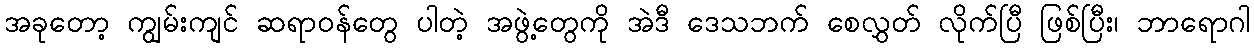
အခုတော့ ကျွမ်းကျင် ဆရာဝန်တွေ ပါတဲ့ အဖွဲ့တွေကို အဲဒီ ဒေသဘက် စေလွှတ် လိုက်ပြီ ဖြစ်ပြီး၊ ဘာရောဂါ